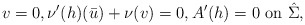
\begin{align*} v= 0, \nu'(h) (\bar u) + \nu(v)=0, A'(h)=0 \mbox{ on } \hat \Sigma,\end{align*}